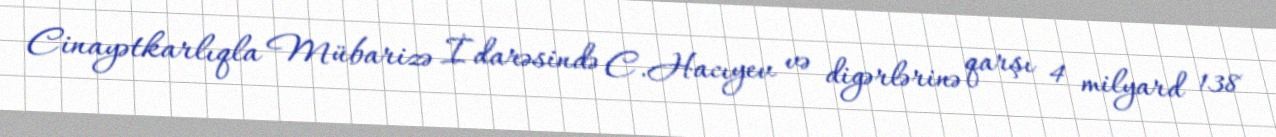
Cinayətkarlıqla Mübarizə İdarəsində C.Hacıyev və digərlərinə qarşı 4 milyard 138